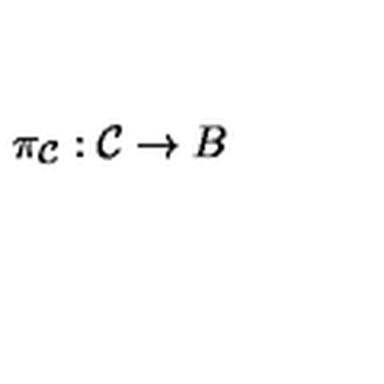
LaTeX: \pi _ { { \cal { C } } } : { \cal { C } } \rightarrow B